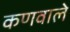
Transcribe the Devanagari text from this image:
कणवाले